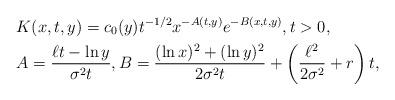
LaTeX: \begin{align*} & K(x,t,y)=c_0(y)t^{-1/2}x^{-A(t,y)}e^{-B(x,t,y)}, t>0, \\ & A=\frac{\ell t-\ln y}{\sigma^2 t}, B=\frac{(\ln x)^2+(\ln y)^2}{2\sigma^2 t}+\left(\frac{\ell^2}{2\sigma^2}+r\right)t, \end{align*}